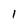
Character: I